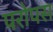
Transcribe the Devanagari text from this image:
परोपस